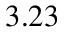
3 . 2 3